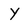
Character: y